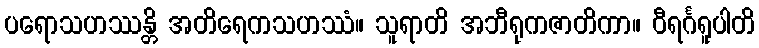
ပရောသဟဿန္တိ အတိရေကသဟဿံ။ သူရာတိ အဘီရုကဇာတိကာ။ ဝီရင်္ဂရူပါတိ